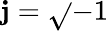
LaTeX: \mathbf{j}=\sqrt{}{{-1}}